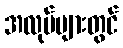
အလုပ်များတွင်